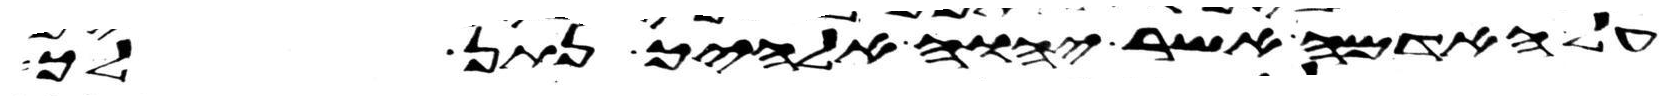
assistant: על האדמה אשר יהוה אלהיך נתן לך